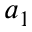
a _ { 1 }